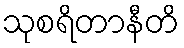
သုစရိတာနီတိ